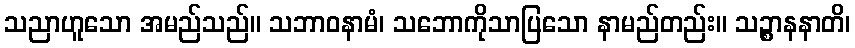
သညာဟူသော အမည်သည်။ သဘာဝနာမံ၊ သဘောကိုသာပြသော နာမည်တည်း။ သဉ္စာနနာတိ၊